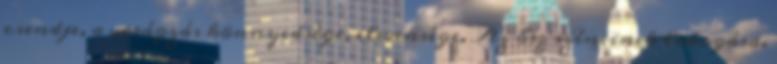
csendje, a virágzás könnyedsége, elevensége. Az ősz színeinek lobogása.